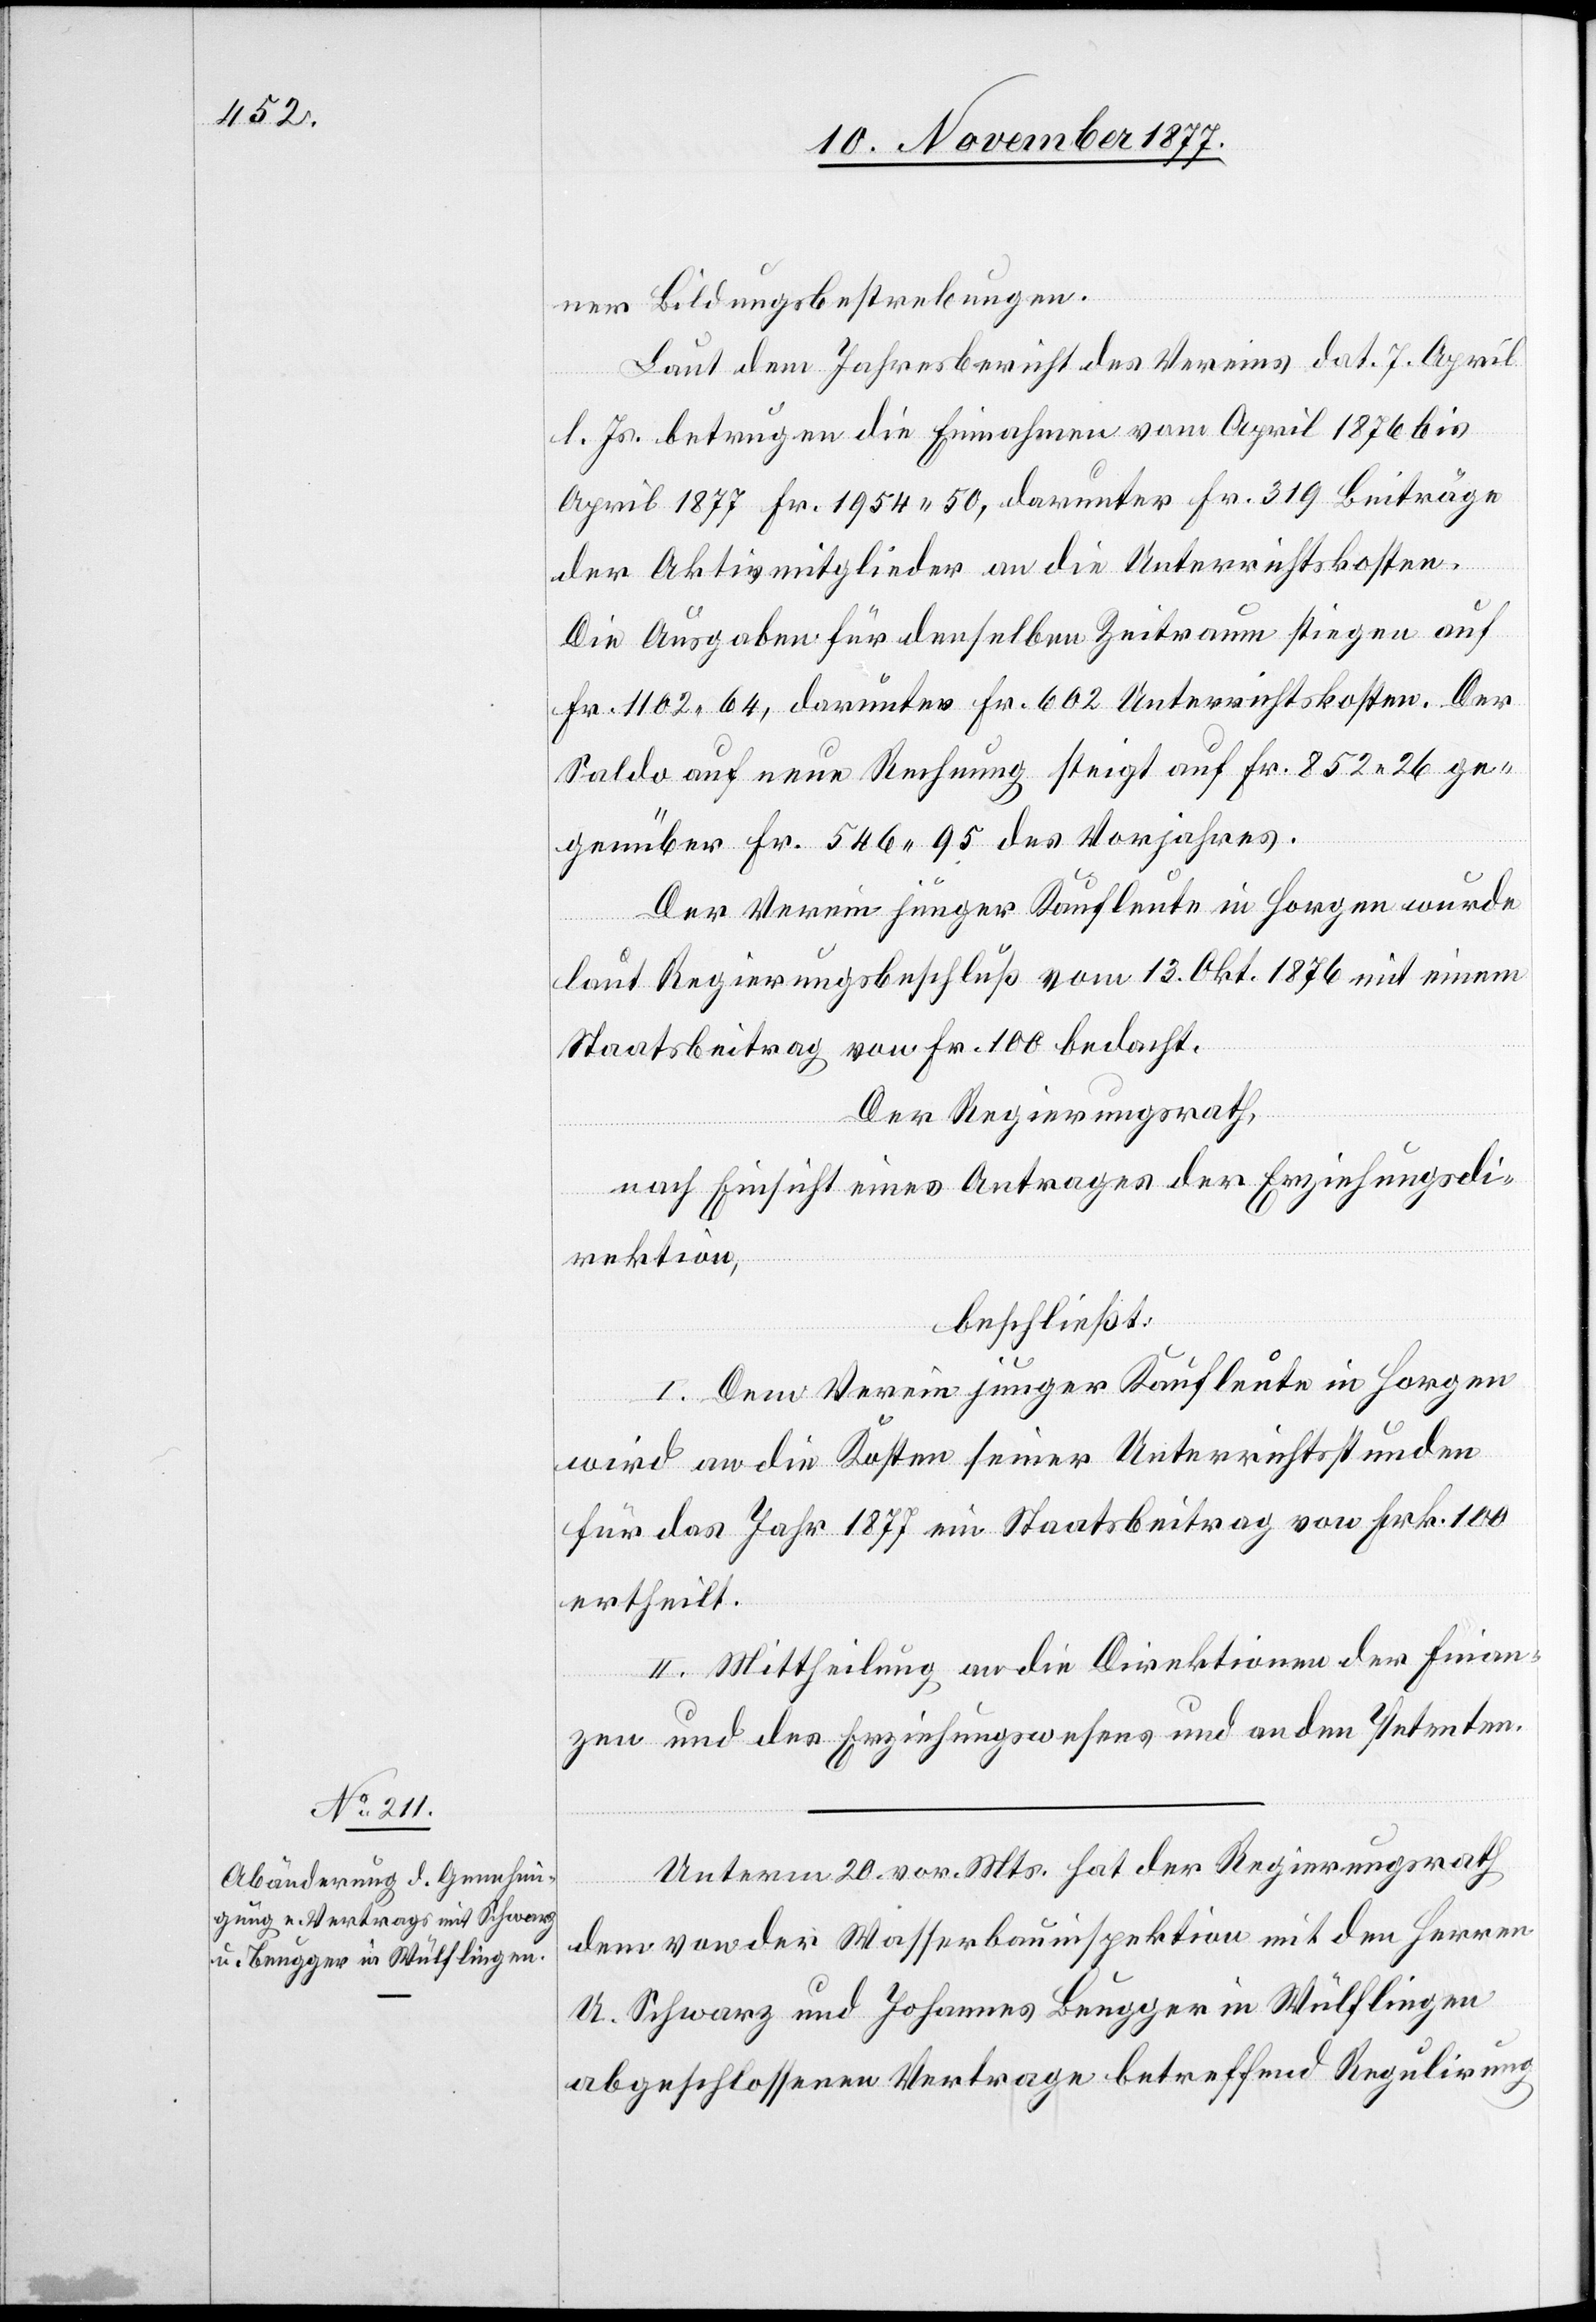
ner Bildungsbestrebungen.
Laut dem Jahresbericht des Vereins dat. 7. April
l. Js. betrugen die Einnahmen vom April 1876 bis
April 1877 Fr. 1954 50, darunter Fr. 319 Beiträge
der Aktivmitglieder an die Unterrichtskosten.
Die Ausgaben für denselben Zeitraum stiegen auf
Fr. 1102 64, darunter Fr. 602 Unterrichtskosten. Der
Saldo auf neue Rechnung steigt auf Fr. 852 26 ge¬
genüber Fr. 546 95 des Vorjahres.
Der Verein junger Kaufleute in Horgen wurde
laut Regierungsbeschluß vom 13. Okt. 1876 mit einem
Staatsbeitrag von Fr. 100 bedacht.
Der Regierungsrath,
nach Einsicht eines Antrages der Erziehungsdi¬
rektion,
beschließt:
I. Dem Verein junger Kaufleute in Horgen
wird an die Kosten seiner Unterrichtsstunden
für das Jahr 1877 ein Staatsbeitrag von Frk. 100
ertheilt.
II. Mittheilung an die Direktionen der Finan¬
zen und des Erziehungswesens und an den Petenten.
Unterm 20. vor. Mts. hat der Regierungsrath
dem von der Wasserbauinspektion mit den Herren
U. Schwarz und Johannes Beugger in Wülflingen
abgeschlossenen Vertrage betreffend Regulirung